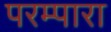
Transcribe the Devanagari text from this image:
परम्पारा